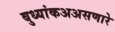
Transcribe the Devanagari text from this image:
बुध्यांकअअसणारे